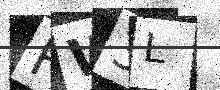
Text: FW3L